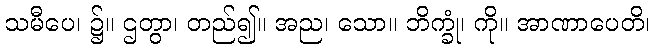
သမီပေ၊ ၌။ ဌတွာ၊ တည်၍။ အည၊ သော။ ဘိက္ခုံ၊ ကို။ အာဏာပေတိ၊